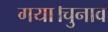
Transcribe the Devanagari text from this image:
गया।चुनाव